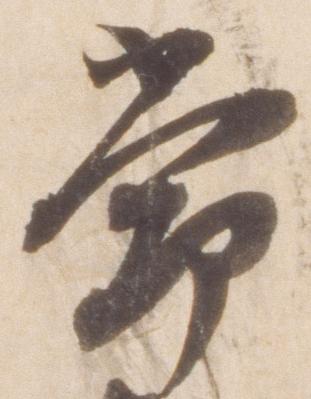
常